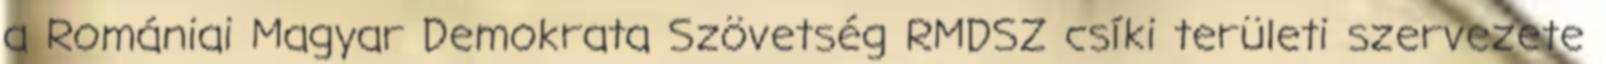
a Romániai Magyar Demokrata Szövetség RMDSZ csíki területi szervezete